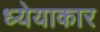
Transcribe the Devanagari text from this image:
ध्येयाकार